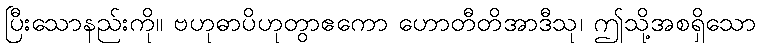
ပြီးသောနည်းကို။ ဗဟုဓာပိဟုတွာဧကော ဟောတီတိအာဒီသု၊ ဤသို့အစရှိသော